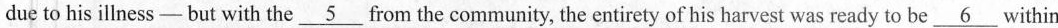
due to his illness—but with the\underline{5}from the community, the entirety of his harvest was ready to be\underline{6}within